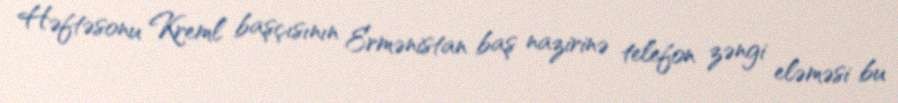
Həftəsonu Kreml başçısının Ermənistan baş nazirinə telefon zəngi eləməsi bu